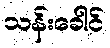
သန်းခေါင်